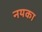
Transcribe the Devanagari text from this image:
नयका